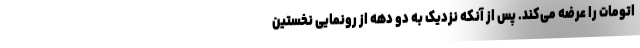
اتومات را عرضه می­کند. پس از آنکه نزدیک به دو دهه از رونمایی نخستین